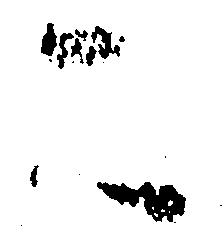
こ